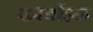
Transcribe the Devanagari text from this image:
कार्बाइन